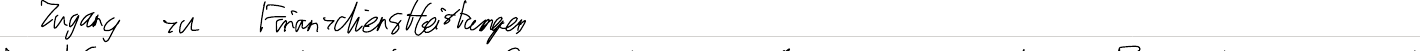
Zugang zu Finanzdienstleistungen